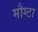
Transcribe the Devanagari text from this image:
मौग्टा